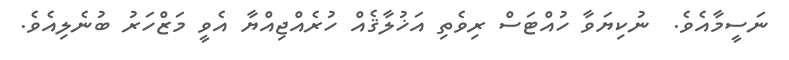
ނަސީމާއެވެ.  ނުކިޔަވާ ހުއްޓަސް ރިވެތި އަޚުލާޤެއް ހުރެއްޖިއްޔާ އެވީ މަޒްހަރު ބުނެލިއެވެ.